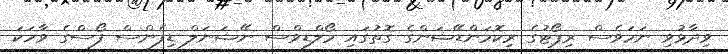
ވިދާޅުވި ނަމަވެސް ރިޕޯޓުގެ ރިކޮމަންޑޭޝަންގެ ގޮތުގައި މޯލްޑިވްސް ނޭޝަނަލް ޑިފެންސް ފޯސްގެ ވާހަކަ